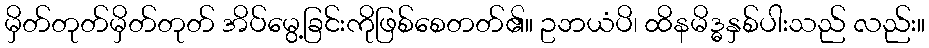
မှိတ်တုတ်မှိတ်တုတ် အိပ်မွေ့ခြင်းကိုဖြစ်စေတတ်၏။ ဥဘယံပိ၊ ထိနမိဒ္ဓနှစ်ပါးသည် လည်း။